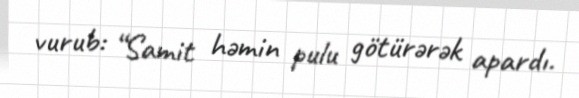
vurub: “Samit həmin pulu götürərək apardı.